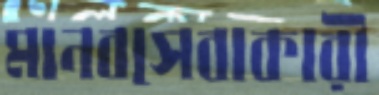
মানবসেবাকারী